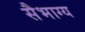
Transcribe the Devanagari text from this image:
सैभाग्य